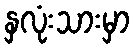
နှလုံးသားမှာ